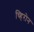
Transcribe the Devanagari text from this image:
च्हिरोन